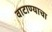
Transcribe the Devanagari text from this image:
वाटाण्याचा